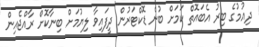
ދިއުމުގެ ބިރު އެބައޮތް ކަމަށް ބުނެ ޑޮކްޓަރުން ދީފައިވާ ލިޔުމަށް ބިނާކޮށް ރާއްޖެއިން